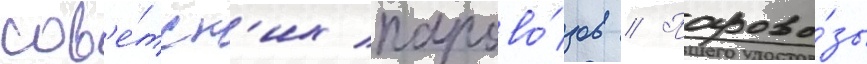
сов'е́тск'их парово́зов // Парово́зы